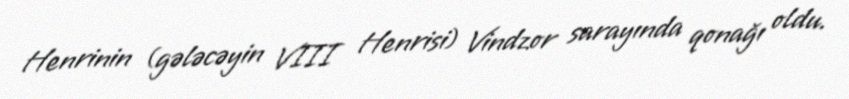
Henrinin (gələcəyin VIII Henrisi) Vindzor sarayında qonağı oldu.